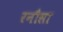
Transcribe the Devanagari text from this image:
रनौसा